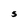
Character: S